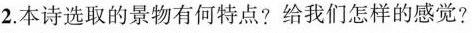
2.本诗选取的景物有何特点？给我们怎样的感觉？